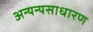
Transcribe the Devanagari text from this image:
अन्यन्यसाधारण